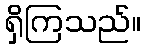
ရှိကြသည်။